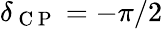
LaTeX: \delta_{\mathrm{~C~P~}}=-\pi/2